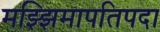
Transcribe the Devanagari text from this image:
मझ्झिमापतिपदा